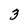
Character: 3